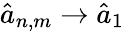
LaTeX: \hat{a}_{n,m}\to\hat{a}_{1}